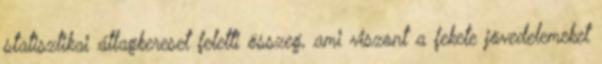
statisztikai átlagkereset feletti összeg, ami viszont a fekete jövedelemeket